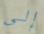
إلى